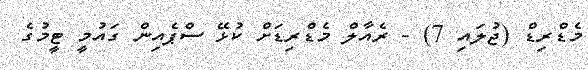
މެޑްރިޑް (ޖުލައި 7) - ރެއާލް މެޑްރިޑަށް ކުޅޭ ސްޕެއިން ގައުމީ ޓީމުގެ